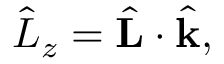
\begin{array} { r } { \hat { L } _ { z } = \hat { \bf L } \cdot \hat { \bf k } , } \end{array}